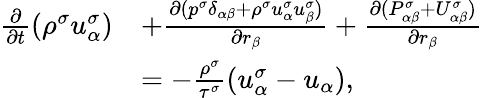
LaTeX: \begin{array}{r}{\begin{array}{rl}{\frac{\partial}{\partial t}(\rho^{\sigma}u_{\alpha}^{\sigma})}&{+\frac{\partial(p^{\sigma}\delta_{\alpha\beta}+\rho^{\sigma}u_{\alpha}^{\sigma}u_{\beta}^{\sigma})}{\partial r_{\beta}}+\frac{\partial(P_{\alpha\beta}^{\sigma}+U_{\alpha\beta}^{\sigma})}{\partial r_{\beta}}}\\ &{=-\frac{\rho^{\sigma}}{\tau^{\sigma}}(u_{\alpha}^{\sigma}-u_{\alpha}),}\end{array}}\end{array}